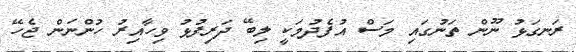
ރަނގަޅު ނޫން ތަނުގައި މަސް އުފެދުމަކީ ލިބޭ ދަރިފުޅު ވިހާއިރު ހުންނަން ޖެހޭ